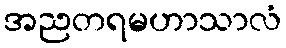
အညတရမဟာသာလံ